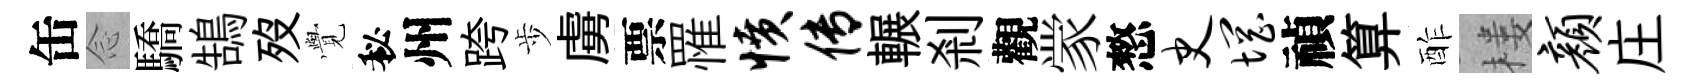
缶𫝹驕鵠歿𮗜秘州跨歩虜票罹愤传輾剎觀䝉憗史惘禎算酢楼颜庄